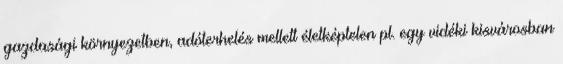
gazdasági környezetben, adóterhelés mellett életképtelen pl. egy vidéki kisvárosban